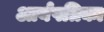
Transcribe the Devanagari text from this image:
आर्यपत्रिका